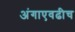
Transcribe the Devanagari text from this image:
अंगाएवढीच